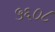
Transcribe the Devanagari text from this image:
५६०८